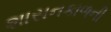
શાસનકાળની